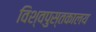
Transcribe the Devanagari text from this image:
विश्वपुस्तकालय